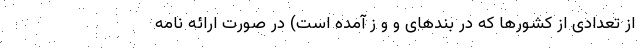
از تعدادی از کشورها که در بندهای و و ز آمده است) در صورت ارائه نامه